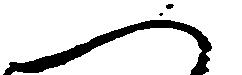
へ